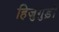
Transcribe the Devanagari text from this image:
हिजुगुड़ी